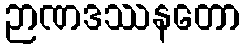
ဉာဏဒဿနတော